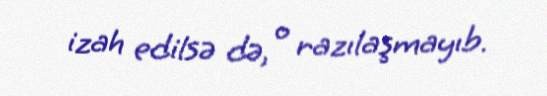
izah edilsə də, o razılaşmayıb.